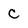
Character: C